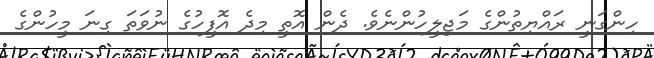
ހިންގަނީ ރައްޔިތުންގެ މަޖިލީހުންނެވެ. ދެން އޮތީ މިދެ އޮފީހުގެ ނުވަތަ ގިނަ މީހުންގެ